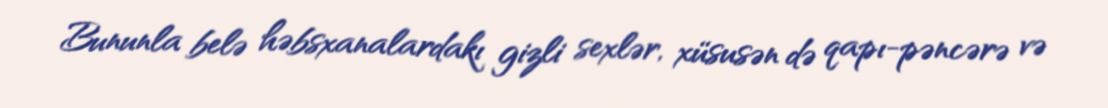
Bununla belə həbsxanalardakı gizli sexlər, xüsusən də qapı-pəncərə və